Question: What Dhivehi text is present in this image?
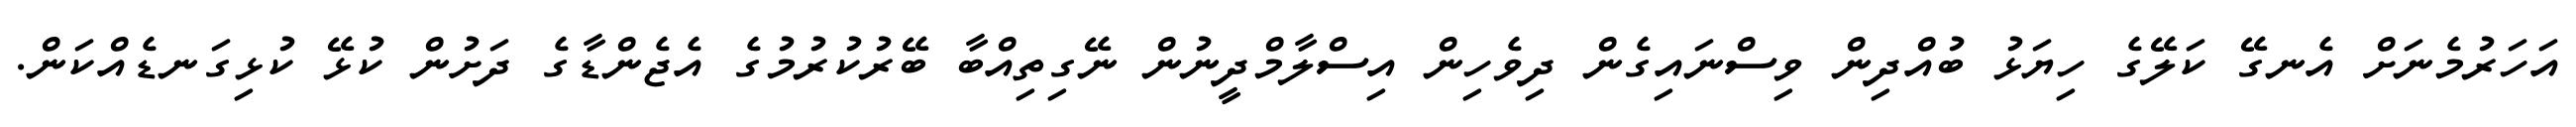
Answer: އަހަރުމެނަށް އެނގޭ ކަލޭގެ ހިޔަޅު ބުއްދިން ވިސްނައިގެން ދިވެހިން އިސްލާމްދީނުން ނޭގިތިއްބާ ބޭރުކުރުމުގެ އެޖެންޑާގެ ދަށުން ކުޅޭ ކުޅިގަނޑެއްކަން.